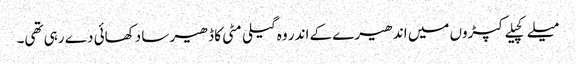
میلے کچیلے کپڑوں میں اندھیرے کے اندر وہ گیلی مٹی کا ڈھیر سا دکھائی دے رہی تھی۔